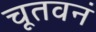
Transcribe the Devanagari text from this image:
चूतवनं